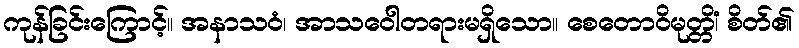
ကုန်ခြင်းကြောင့်။ အနာသဝံ၊ အာသဝေါတရားမရှိသော။ စေတောဝိမုတ္တိံ၊ စိတ်၏